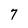
Character: 7